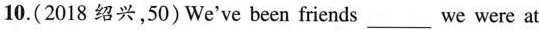
10.(2018 绍兴,50)We've been friends___ we were at